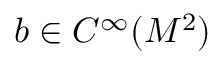
b \in C ^ { \infty } ( M ^ { 2 } )